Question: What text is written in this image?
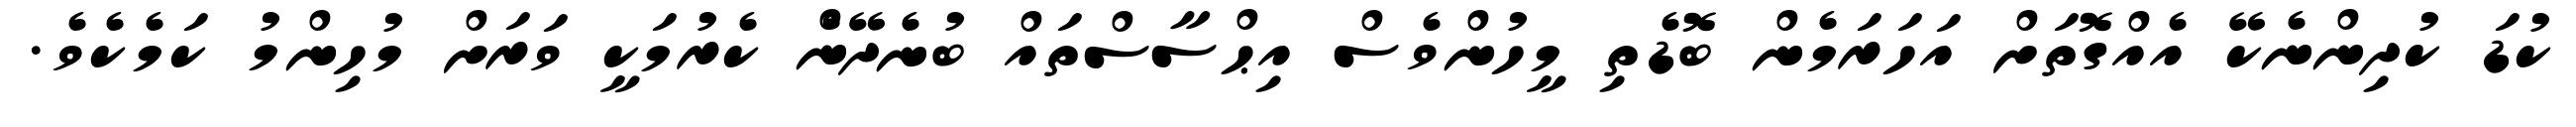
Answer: ކުޑަ ކުދިންނެކޭ އެއްގޮތަށް އަހަރަމެން ބޮޑެތި މީހުންވެސް އިޙްސާސްތައް ބުނެދޭނެް ކެރުމަކީ ވަރަށް މުހިންމު ކަމެކެވެ.